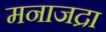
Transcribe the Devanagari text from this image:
मनाजद्रा